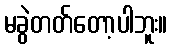
မခွဲတတ်တော့ပါဘူး။